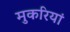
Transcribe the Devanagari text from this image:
मुकरियां